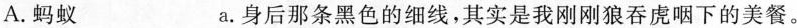
A.蚂蚁 a.身后那条黑色的细线，其实是我刚刚狼吞虏咽下的美餐。